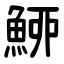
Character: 䱖